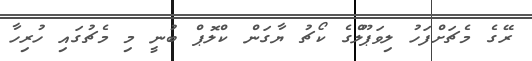
ރޭގެ މެޗަށްފަހު ލިވަޕޫލްގެ ކޯޗު ޔާގަން ކްލޮޕް ބުނީ މި މެޗުގައި ހުރިހާ